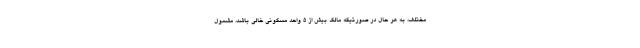
مختلف، به هر حال در صورتیکه مالک بیش از ۵ واحد مسکونی خالی باشد، مشمول